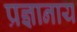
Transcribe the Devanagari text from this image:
प्रज्ञानाय